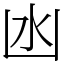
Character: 凼